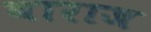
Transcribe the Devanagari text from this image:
बाराज